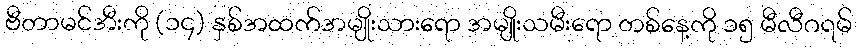
ဗီတာမင်အီးကို (၁၄) နှစ်အထက်အမျိုးသားရော အမျိုးသမီးရော တစ်နေ့ကို ၁၅ မီလီဂရမ်